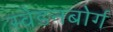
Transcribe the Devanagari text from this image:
स्वेडनबोर्ग